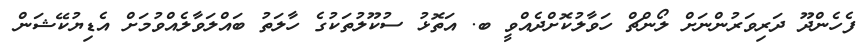
ފެހެންދޫ ދަރިވަރުންނަށް ލޯންޗް ހަވާލުކޮށްދެއްވީ ބ. އަތޮޅު ސުކޫލުތަކުގެ ހާލަތު ބައްލަވާލެއްވުމަށް އެޑިޔުކޭޝަން